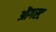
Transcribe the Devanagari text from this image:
ऒगस्ट